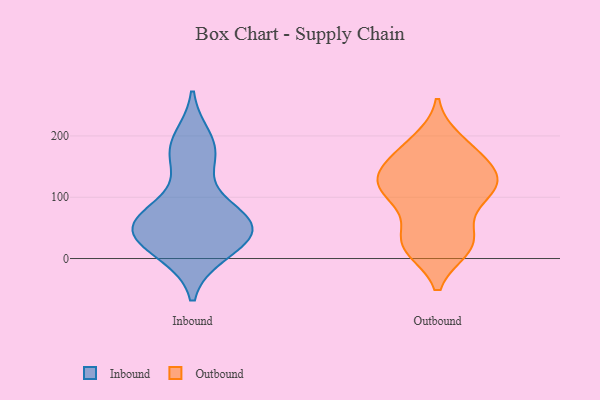
{"axis": {"x": "Revenue (USD Million)", "y": "Value"}, "legend": ["Inbound", "Outbound"], "data": [{"x": "", "y": 86, "type": "Inbound"}, {"x": "", "y": 57, "type": "Inbound"}, {"x": "", "y": 10, "type": "Inbound"}, {"x": "", "y": 52, "type": "Inbound"}, {"x": "", "y": 58, "type": "Inbound"}, {"x": "", "y": 166, "type": "Inbound"}, {"x": "", "y": 172, "type": "Inbound"}, {"x": "", "y": 13, "type": "Inbound"}, {"x": "", "y": 50, "type": "Inbound"}, {"x": "", "y": 38, "type": "Inbound"}, {"x": "", "y": 54, "type": "Inbound"}, {"x": "", "y": 194, "type": "Inbound"}, {"x": "", "y": 114, "type": "Outbound"}, {"x": "", "y": 19, "type": "Outbound"}, {"x": "", "y": 173, "type": "Outbound"}, {"x": "", "y": 145, "type": "Outbound"}, {"x": "", "y": 143, "type": "Outbound"}, {"x": "", "y": 48, "type": "Outbound"}, {"x": "", "y": 20, "type": "Outbound"}, {"x": "", "y": 186, "type": "Outbound"}, {"x": "", "y": 166, "type": "Outbound"}, {"x": "", "y": 33, "type": "Outbound"}, {"x": "", "y": 192, "type": "Outbound"}, {"x": "", "y": 118, "type": "Outbound"}, {"x": "", "y": 98, "type": "Outbound"}, {"x": "", "y": 122, "type": "Outbound"}, {"x": "", "y": 17, "type": "Outbound"}, {"x": "", "y": 21, "type": "Outbound"}, {"x": "", "y": 131, "type": "Outbound"}, {"x": "", "y": 130, "type": "Outbound"}, {"x": "", "y": 92, "type": "Outbound"}, {"x": "", "y": 110, "type": "Outbound"}]}